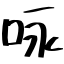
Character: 咏